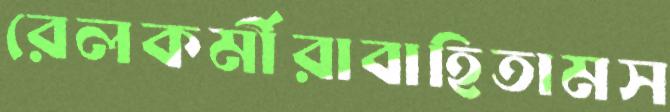
রেলকর্মীরাবাহিতামস